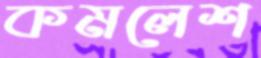
কমলেশ